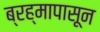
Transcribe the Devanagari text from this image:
ब्रह्मापासून